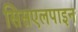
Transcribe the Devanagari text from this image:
सिसएलपाइन